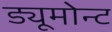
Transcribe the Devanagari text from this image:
ड्यूमोन्ट